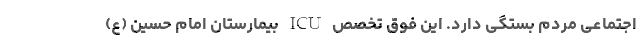
اجتماعی مردم بستگی دارد. این فوق تخصص ICU بیمارستان امام حسین (ع)